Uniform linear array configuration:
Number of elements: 48
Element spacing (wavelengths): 0.5
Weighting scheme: binomial
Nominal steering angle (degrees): -30
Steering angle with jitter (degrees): -30.289
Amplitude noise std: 0.05
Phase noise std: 0.05

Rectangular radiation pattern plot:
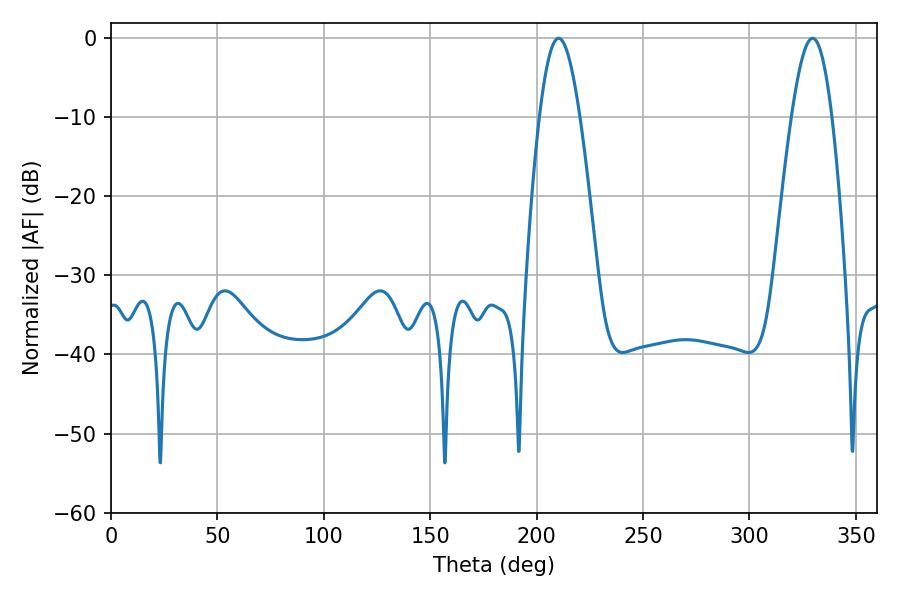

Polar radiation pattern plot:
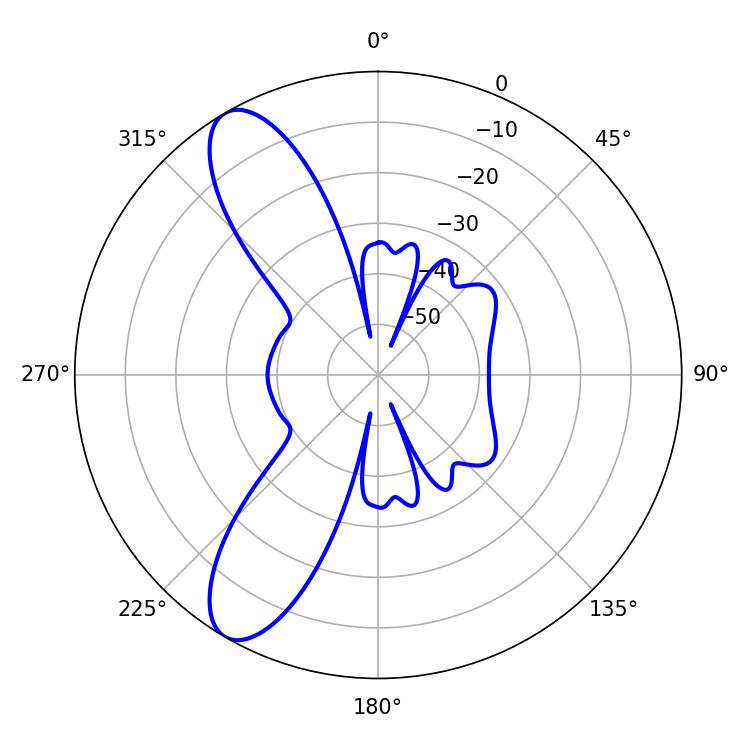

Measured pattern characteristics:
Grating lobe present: FALSE
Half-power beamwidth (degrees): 10.26
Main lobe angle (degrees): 210.42